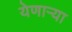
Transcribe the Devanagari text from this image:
येणाऱ्या